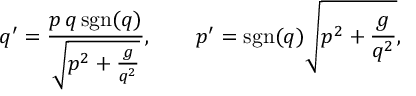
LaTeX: q ^ { \prime } = \frac { p \, q \, \mathrm { s g n } ( q ) } { \sqrt { p ^ { 2 } + \frac { g } { q ^ { 2 } } } } , \qquad p ^ { \prime } = \mathrm { s g n } ( q ) \sqrt { p ^ { 2 } + \frac { g } { q ^ { 2 } } } ,